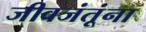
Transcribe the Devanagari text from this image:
जीवजंतूंना